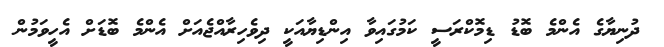
ދުނިޔާގެ އެންމެ ބޮޑު ޑިމޮކްރަސީ ކަމުގައިވާ އިންޑިޔާއަކީ ދިވެހިރާއްޖެއަށް އެންމެ ބޮޑަށް އެހީވަމުން